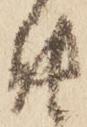
能